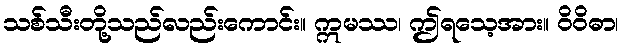
သစ်သီးတို့သည်လည်းကောင်း။ ဣမဿ၊ ဤရသေ့အား။ ဝိဝိဓာ၊